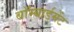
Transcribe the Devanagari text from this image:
बॉम्बार्डमेंट